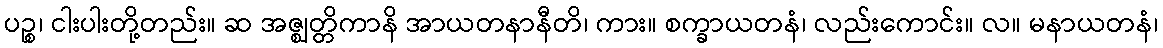
ပဉ္စ၊ ငါးပါးတို့တည်း။ ဆ အဇ္ဈတ္တိကာနိ အာယတနာနီတိ၊ ကား။ စက္ခာယတနံ၊ လည်းကောင်း။ လ။ မနာယတနံ၊